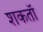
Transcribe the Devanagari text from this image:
शकतॉ